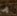
إلى